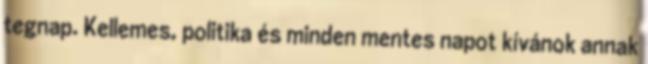
tegnap. Kellemes, politika és minden mentes napot kívánok annak